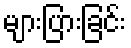
များပြားခြင်း